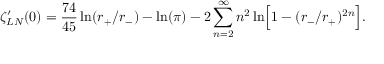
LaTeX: \zeta _ { L N } ^ { \prime } ( 0 ) = { \frac { 7 4 } { 4 5 } } \ln ( r _ { + } / r _ { - } ) - \ln ( \pi ) - 2 \sum _ { n = 2 } ^ { \infty } n ^ { 2 } \ln \Bigr [ 1 - ( r _ { - } / r _ { + } ) ^ { 2 n } \Bigr ] .